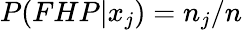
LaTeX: P(FHP|x_{j})=n_{j}/n